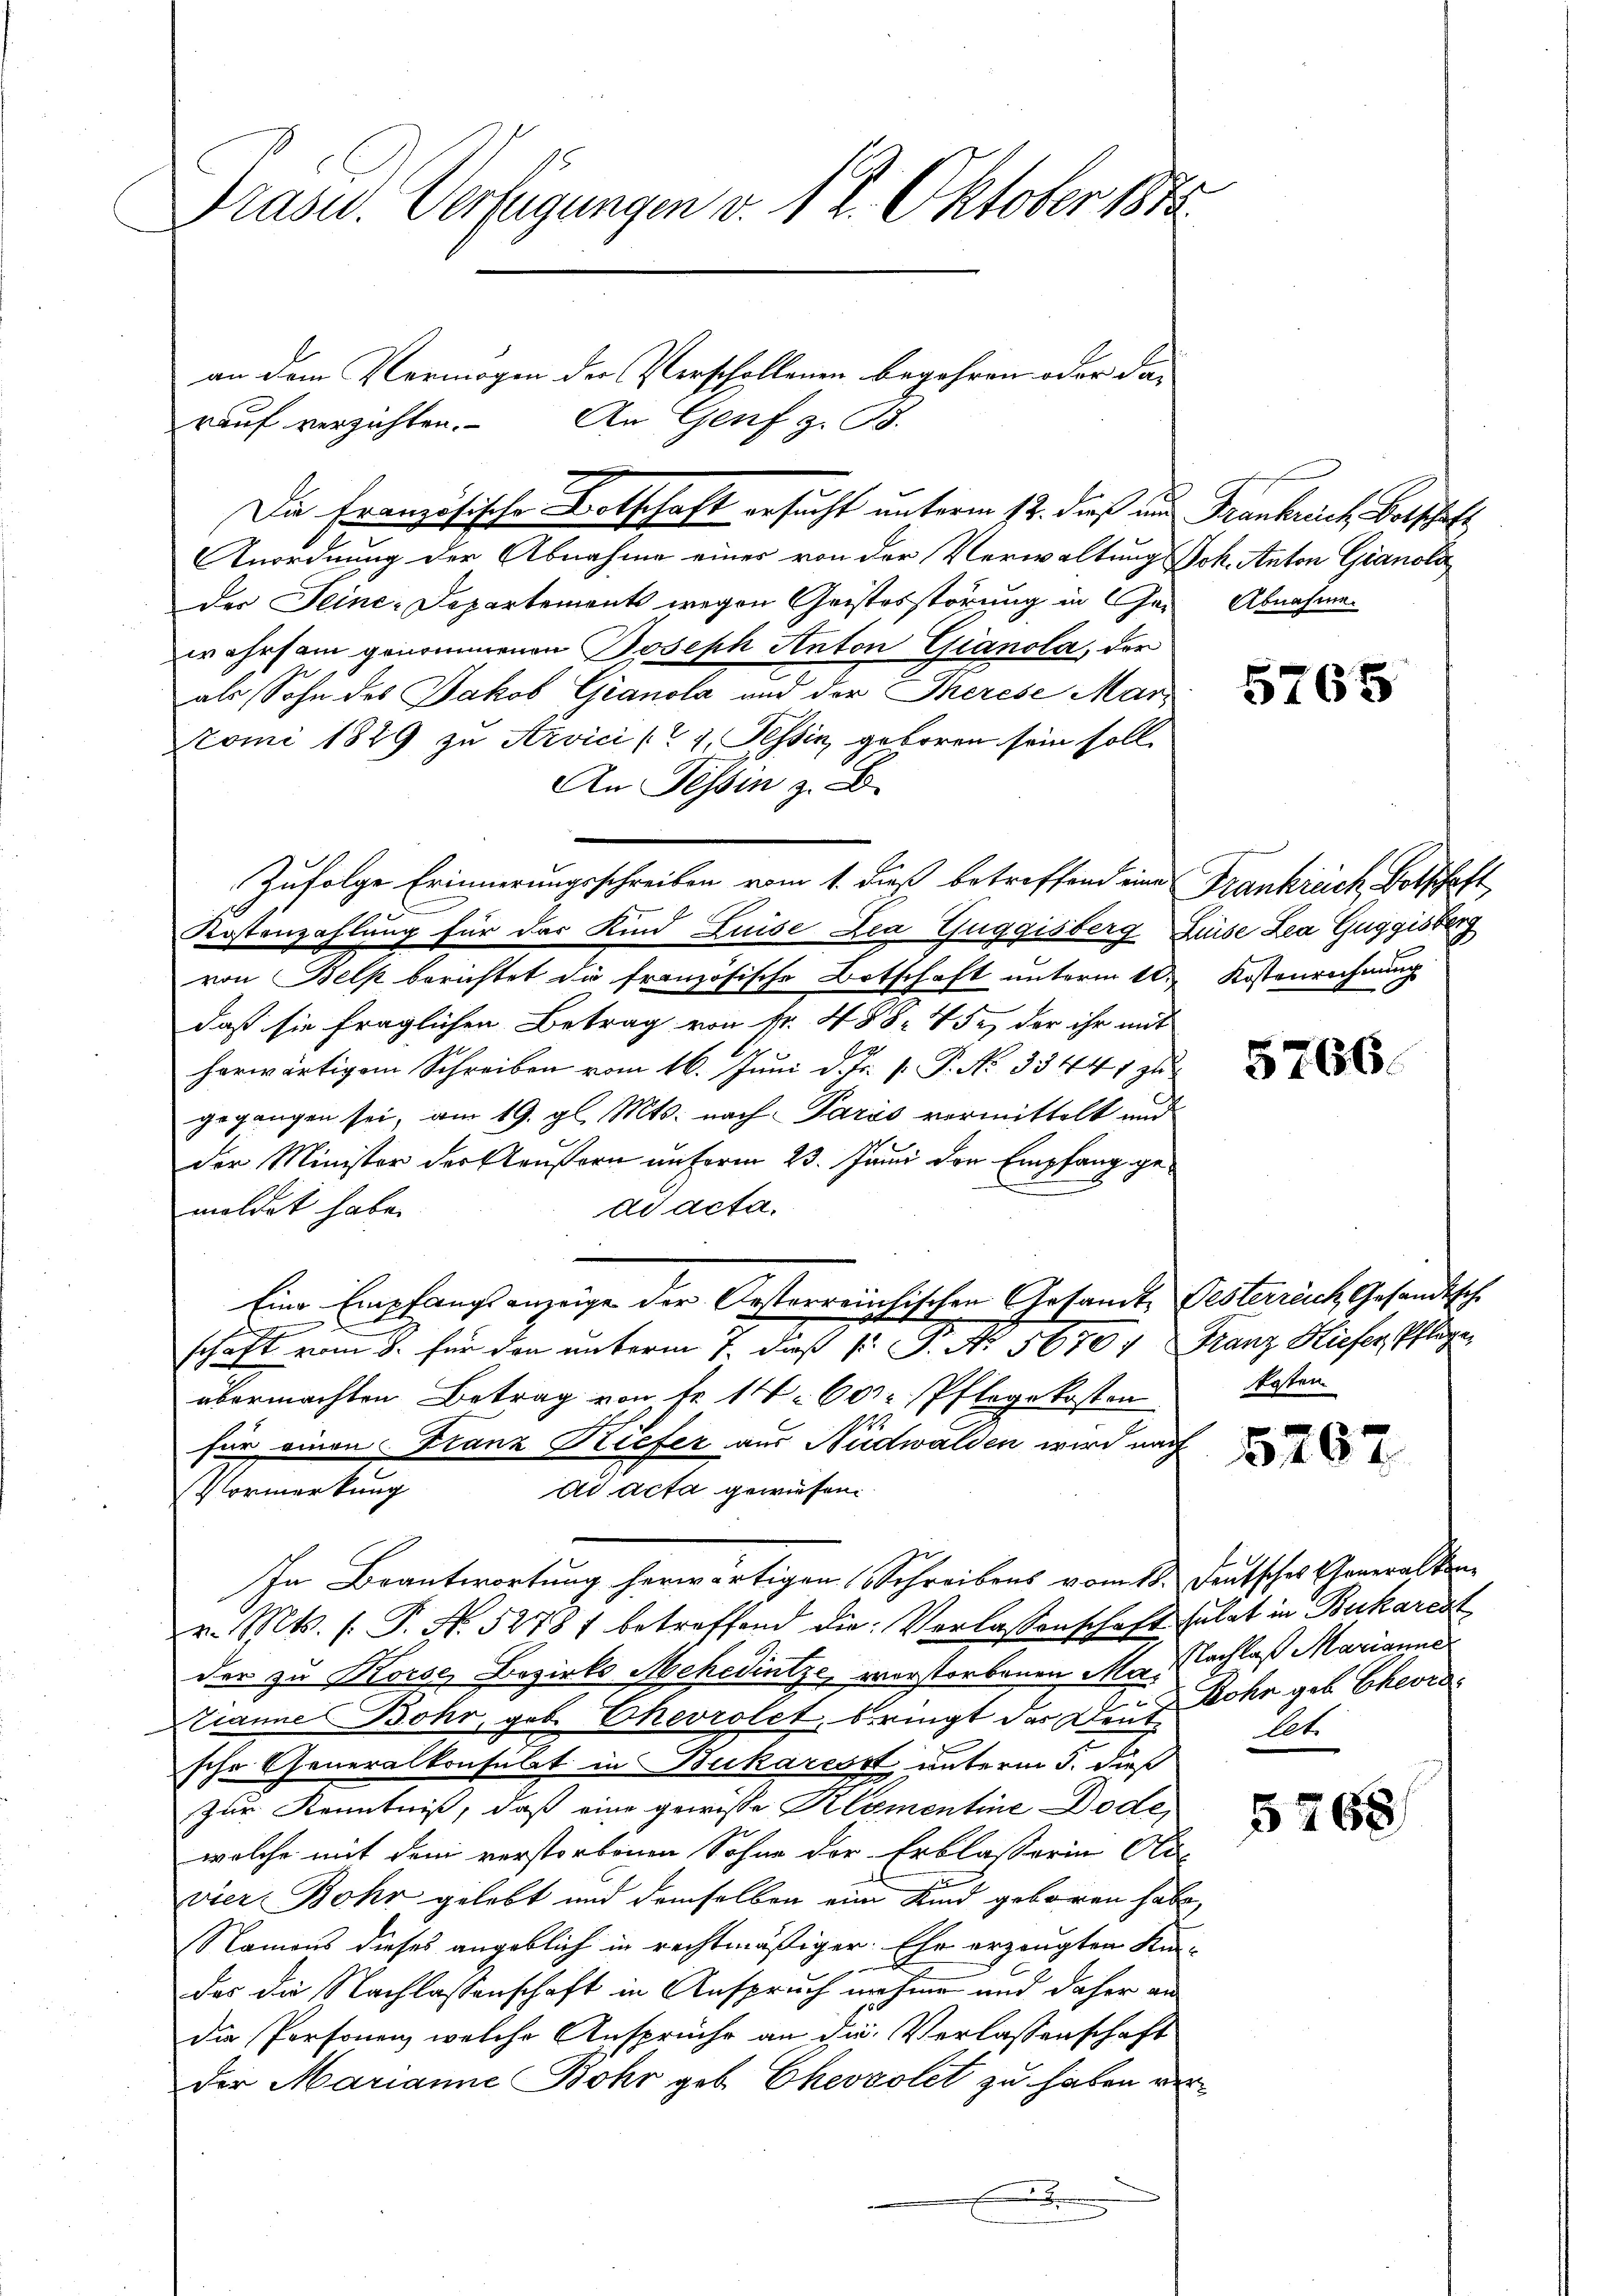
Präsid. Verfügungen v. 12. Oktober 1848

rauf verzichten.
Anordnung der Abnahme einer von der Verwaltung Joh. Anton Gianoli
der Seine-Departements wegen Geistesstörung in Gewahrsam genommenen Joseph Anton Gianola, der
als Sohn des Jakob Granola und der Therese Mar¬
Stoni 1889 zu Servici (1. Tessin geboren sein soll.
An Tessin z.
Zufolge Erinnerungsschreiben vom 1. dieß betreffend eine Frankrück, Botschaft,
Kostenzahlung für das Kind Luise Zea Guggisberg, Leibe Zea Guggisberg
von Belk berichtet die französische Botschaft unterm 18.
daß sie fraglichen Betrag von Fr. 488. 45, der ihr mit
herwärtigem Schreiben vom 16. Juni d. Js. v. P. No 33441 zu
gegangen sei, am 19. gl. Mts. nach Paris vormittelt und
der Minister der Eleusern unterm 23. Junii der Empfang gedd acta.
meldet habe.
Eine Empfangsanzeige der Oesterreichischen Gesamte Festerreich, Gesandtsch
schaft vom 8. für den unterm 1. daß P. P. N. 5670. Franz Hiefer, Pflege
übermachten Betrag von Fr. 1 60 Pflegekosten
für einen Franz Kiefer aus Nidwalden wird nach
Ad Acta gewiesen.
Vormerkung
In Beantwortung herwärtigen Schreibens vom 18. Deutsches Generalv. Mts. f. P. No. 5278) betreffend die Verlassenschaft solat in Bukares
der zu Korse Bezirks Mehedintze, vorstorbauen Mor. Nachlaß Marianne
Zranne Bohr, geb. Ehevrolet, bringt der Deut Dohr geb. Eheor
sche Generalkonsulat in Bukaresst unterm 5. dieß
zur Kenntniß, daß eine gewisse Klementine Dode,
welche mit dem verstorbenen Sohne der Erblasserin Ali-
vier Bohr gelebt und demselben eine Kind geboren habe,
Namens dieses angeblich in rechtmäßiger. Ehr erzeugten Kin-
des die Nachlassenschaft in Anspruch nehme und daher an
die Personen, welche Ansprüche an die Verlassenschaft
der Marianne Bohr geb. Chevsolet zu haben ver¬
E de

Die Französische Botschaft ersucht unterm 12. dieß und Frankreich Botschaft

an dem Vermögen der Verschollenen begehren oder das
An Genf z. B.

Abnahme.

5765

Kostenrechnung

5766.

kosten

5267

let.

5768

n
s
f